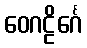
ဝေဂဠိင်္ဂေ